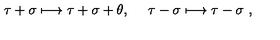
\tau + \sigma \longmapsto \tau + \sigma + \theta , \ \quad \tau - \sigma \longmapsto \tau - \sigma \ ,